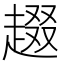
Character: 䞵